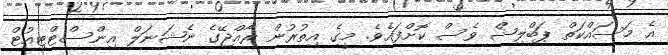
އެ މަސައްކަތް ޕަބްލިޝް ވެސް ކޮށްފައެވެ. މީގެ އިތުރުން ރާއްޖޭގެ ނެޝަނަލް އިންސްޓްޓިއުޓް